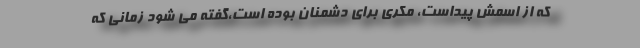
که از اسمش پیداست، مکری برای دشمنان بوده است،گفته می شود زمانی که